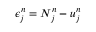
\epsilon _ { j } ^ { n } = N _ { j } ^ { n } - u _ { j } ^ { n }